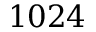
1 0 2 4